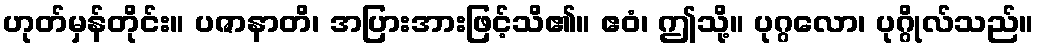
ဟုတ်မှန်တိုင်း။ ပဇာနာတိ၊ အပြားအားဖြင့်သိ၏။ ဧဝံ၊ ဤသို့။ ပုဂ္ဂလော၊ ပုဂ္ဂိုလ်သည်။